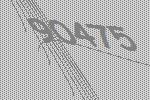
90475